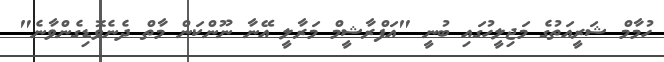
ހުމާމް ޝަރީއަތުގެ މަޖިލީހުގައި ބުނީ "އަފްރާޝީމް މަރާލީ އޭނާ ނޫންކަން މާތް ދެނެވޮޑިގެންވާނެ"